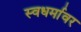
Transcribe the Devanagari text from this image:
स्वधर्मावर